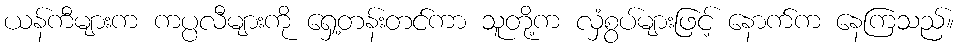
ယန်ကီများက ကပ္ပလီများကို ရှေ့တန်းတင်ကာ သူတို့က လှံစွပ်များဖြင့် နောက်က နေကြသည်။